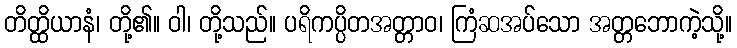
တိတ္ထိယာနံ၊ တို့၏။ ဝါ၊ တို့သည်။ ပရိကပ္ပိတအတ္တာဝ၊ ကြံဆအပ်သော အတ္တဘောကဲ့သို့။